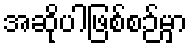
အဆိုပါဖြစ်စဉ်မှာ